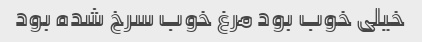
خیلی خوب بود مرغ خوب سرخ شده بود